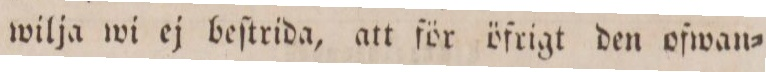
wilja wi ej beſtrida, att för öfrigt den ofwan=